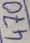
Text: 470